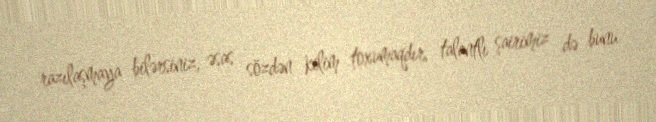
razılaşmaya bilərsiniz, əsas sözdən kilim toxumaqdır, talantlı şairimiz də bunu